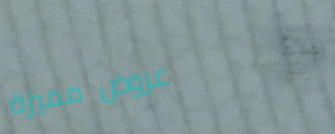
عروض مميزة